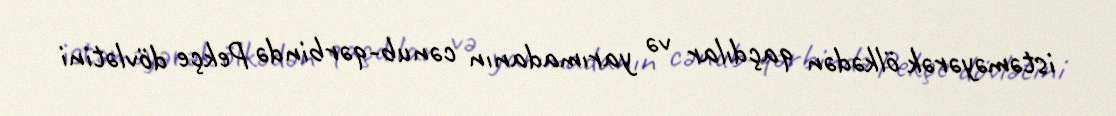
istəməyərək ölkədən qaçdılar və yarımadanın cənub-qərbində Pekçe dövlətini